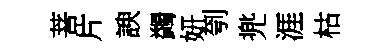
菩片諛蠲妍刳兠涯枯